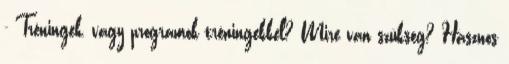
- Tréningek, vagy programok tréningekkel? Mire van szükség? Hasznos